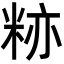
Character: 𬖛